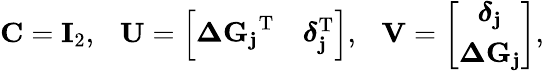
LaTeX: \mathbf{C}=\mathbf{I}_{2},\ \ \ \mathbf{U}=\left[\begin{array}{cc}{\mathbf{\Delta G_{j}}^{\mathrm{T}}}&{\boldsymbol{\delta}_{\mathbf{j}}^{\mathrm{T}}}\end{array}\right],\ \ \ \mathbf{V}=\left[\begin{array}{c}{\boldsymbol{\delta}_{\mathbf{j}}}\\ {\mathbf{\Delta G_{j}}}\end{array}\right],